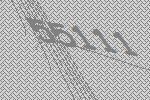
55111